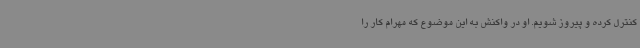
کنترل کرده و پیروز شویم. او در واکنش به این موضوع که مهرام کار را